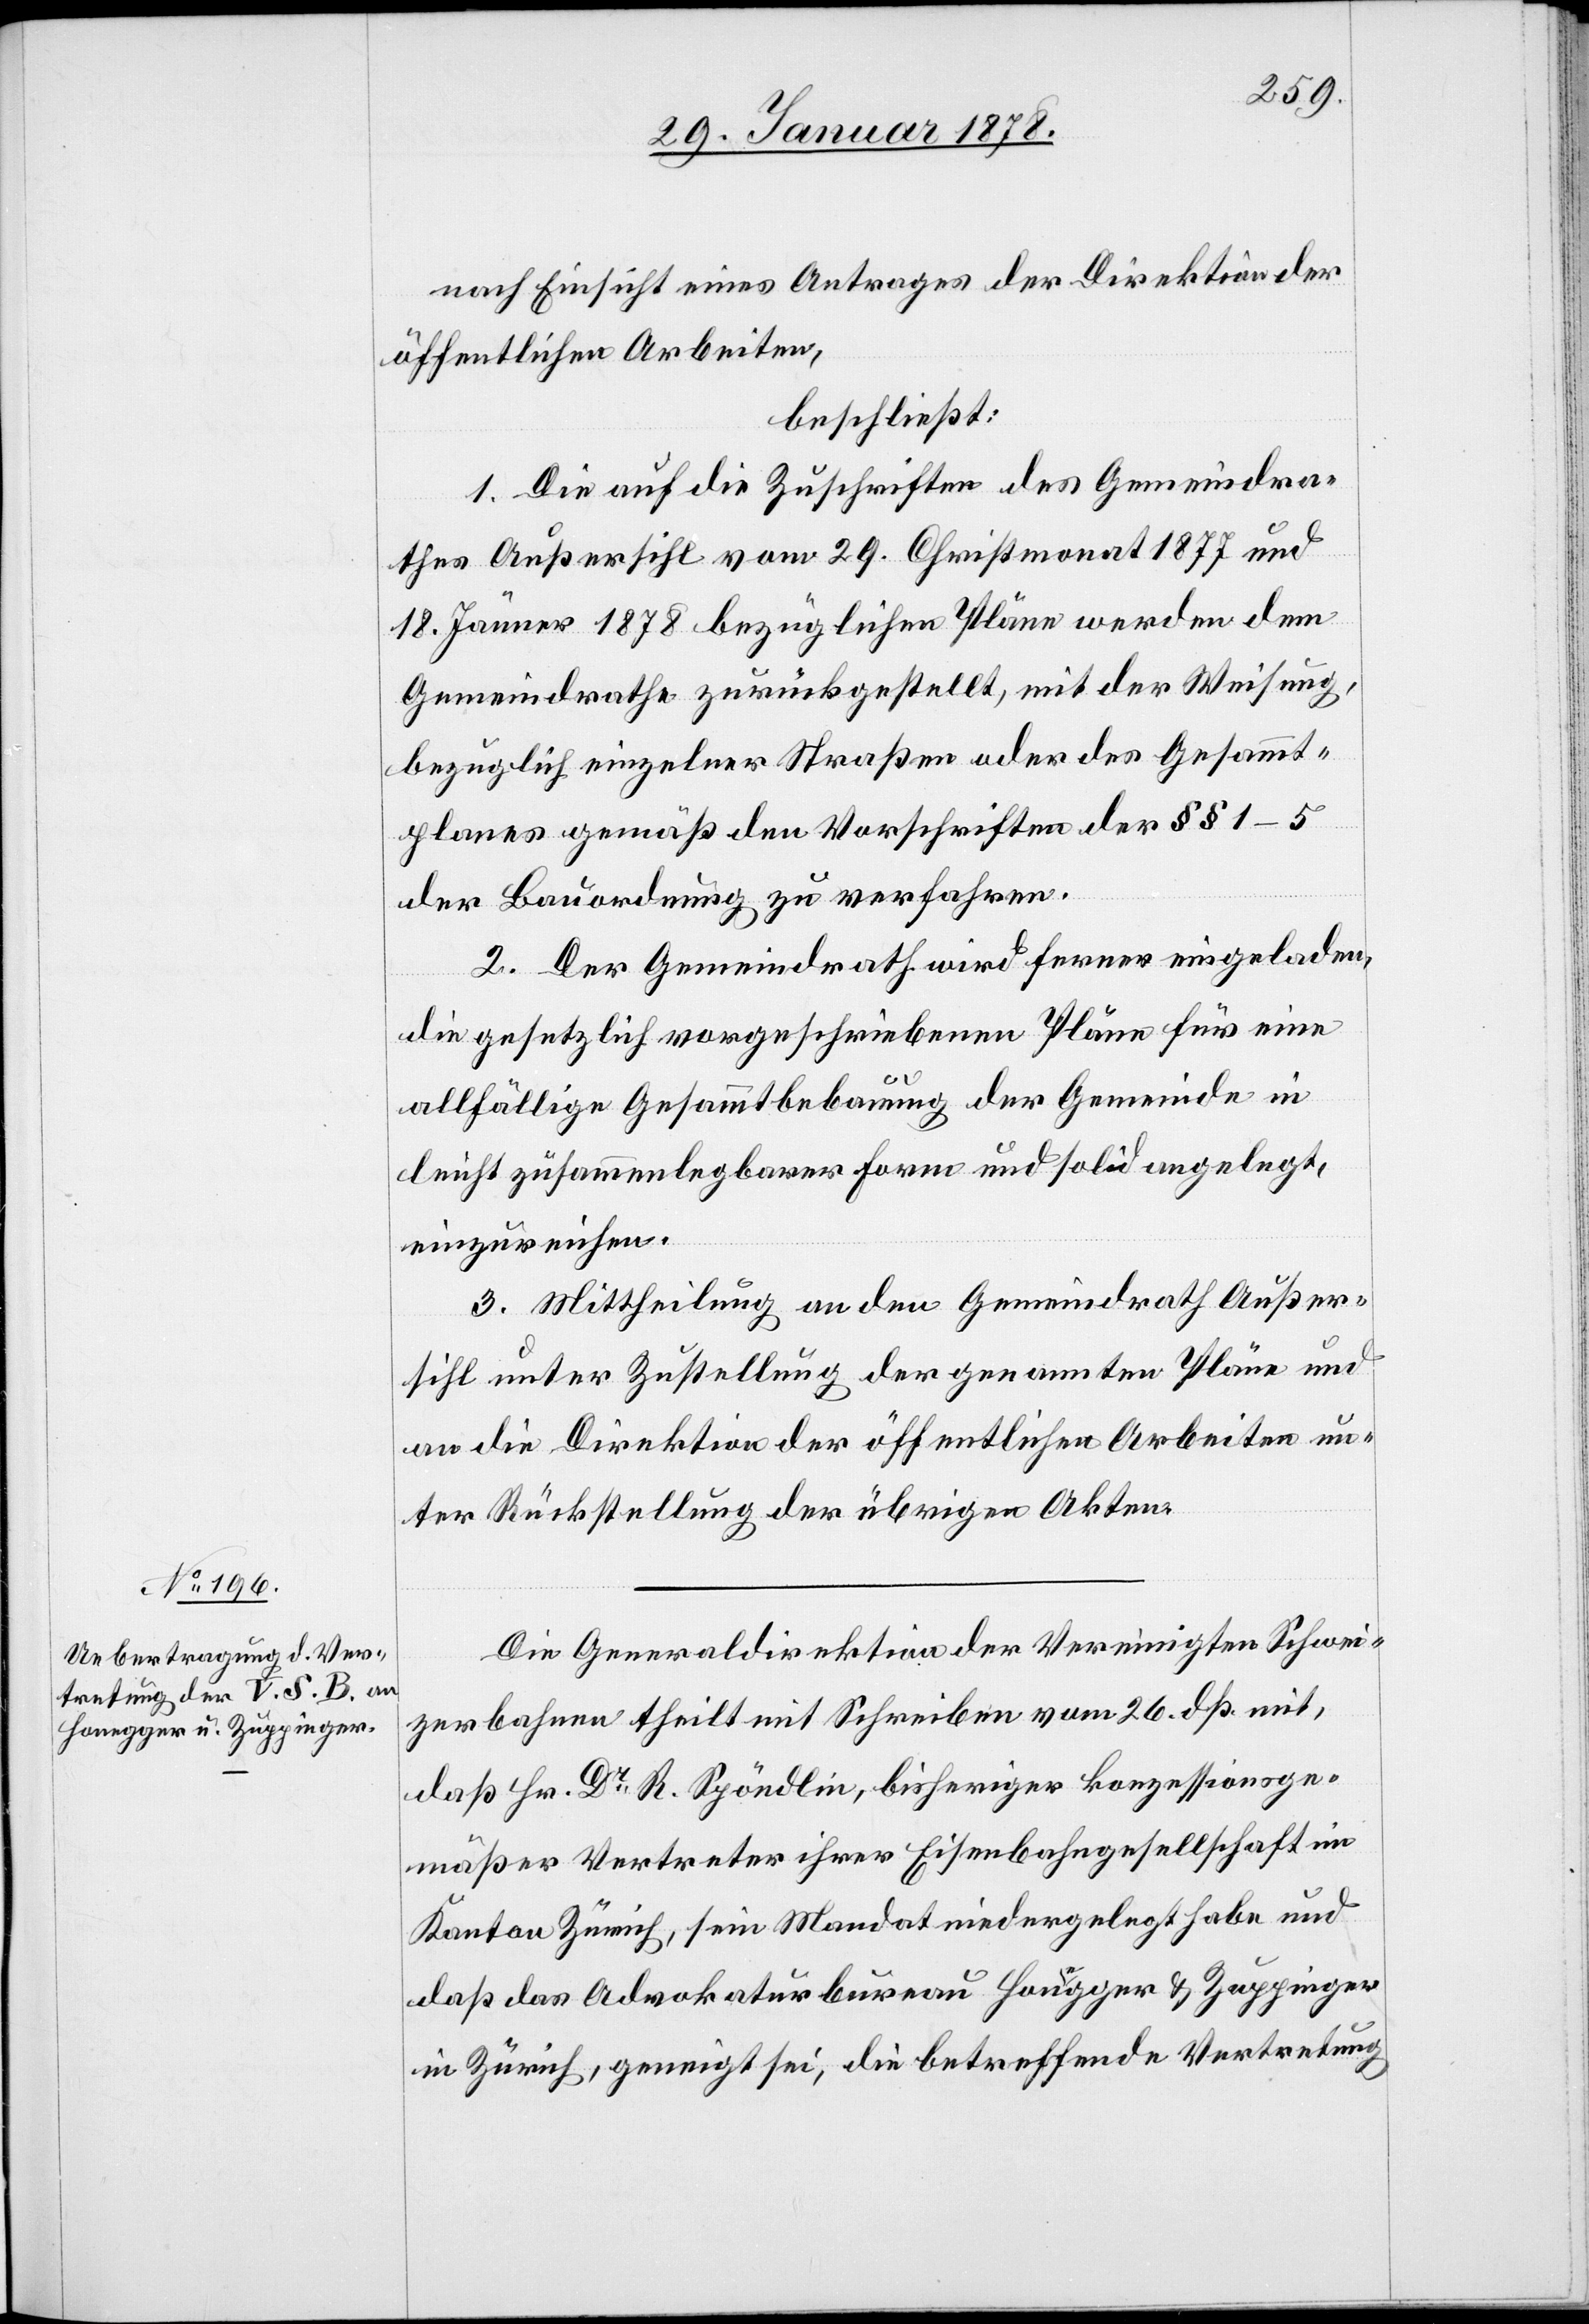
nach Einsicht eines Antrages der Direktion der
öffentlichen Arbeiten,
beschließt:
1. Die auf die Zuschriften des Gemeindra¬
thes Außersihl vom 29. Christmonat 1877 und
18. Jänner 1878 bezüglichen Pläne werden dem
Gemeindrath zurückgestellt, mit der Weisung,
bezüglich einzelner Straßen oder des Gesammt¬
planes gemäß den Vorschriften der §§ 1–5
der Bauordnung zu verfahren.
2. Der Gemeindrath wird ferner eingeladen,
die gesetzlich vorgeschriebenen Pläne für eine
allfällige Gesammtbebauung der Gemeinde in
leicht zusammenlegbaren Form und solid angelegt,
einzureichen.
3. Mittheilung an den Gemeindrath Außer¬
sihl unter Zustellung der genannten Pläne und
an die Direktion der öffentlichen Arbeiten un¬
ter Rückstellung der übrigen Akten.
Die Generaldirektion der Vereinigten Schwei¬
zerbahnen theilt mit Schreiben vom 26. daß mit,
daß Hr. Dr R. Spöndlin, bisheriger konzessionsge¬
mäßer Vertreter ihrer Eisenbahngesellschaft im
Kanton Zürich, sein Mandat niedergelegt habe und
daß das Advokaturbureau Hona-e-agger & Zuppinger
in Zürich, geneigt sei, die betreffende Vertretung